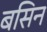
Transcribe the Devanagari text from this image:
बसिन